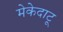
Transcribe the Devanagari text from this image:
मेकेदाटू